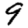
Digit: 9